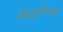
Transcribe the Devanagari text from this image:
वस्तुसंचय